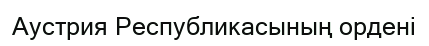
Аустрия Республикасының ордені